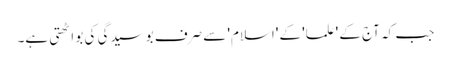
جب کہ آج کے 'علما' کے 'اسلام' سے صرف بوسیدگی کی بو اٹھتی ہے۔